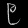
Digit: ၉